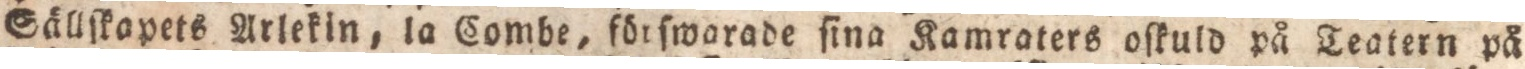
Sällſkapets Arlekin, la Combe, förſworade ſina Kamraters oſkuld på Teatern på